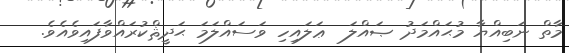
މާތް ނަބިއްޔާ މުޙައްމަދު ޞައްލަ  ޢަލައިހި ވަސައްލަމަ ޙަދީޘްކުރައްވާފައިވެއެވެ.